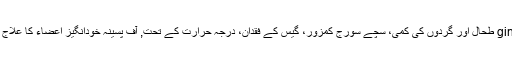
7، ریڈ ginseng طحال اور گردوں کی کمی، سچے سورج کمزور، گیس کے فقدان، درجہ حرارت کے تحت, آف پسینہ خودانگیز اعضاء کا علاج کر سکتے ہیں ۔